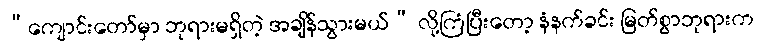
“ကျောင်းတော်မှာ ဘုရားမရှိတဲ့ အချိန်သွားမယ်” လို့ကြံပြီးတော့ နံနက်ခင်း မြတ်စွာဘုရားက